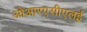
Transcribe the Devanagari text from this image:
ओआरएसीएलई